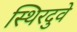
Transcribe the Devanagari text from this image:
स्थिरदुवे